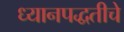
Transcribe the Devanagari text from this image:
ध्यानपद्धतीचे